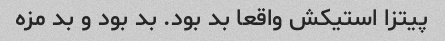
پیتزا استیکش واقعا بد بود. بد بود و بد مزه